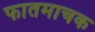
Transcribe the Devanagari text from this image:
फातमाचक